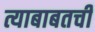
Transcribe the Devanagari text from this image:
त्याबाबतची